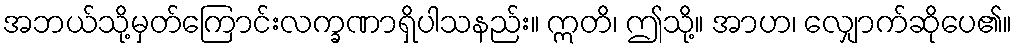
အဘယ်သို့မှတ်ကြောင်းလက္ခဏာရှိပါသနည်း။ ဣတိ၊ ဤသို့။ အာဟ၊ လျှောက်ဆိုပေ၏။